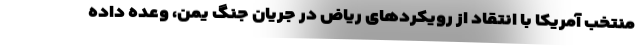
منتخب آمریکا با انتقاد از رویکردهای ریاض در جریان جنگ یمن، وعده داده